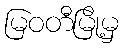
မြဝတီမြို့မှ